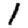
Digit: 1